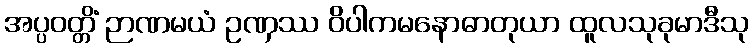
အပ္ပဝတ္တိံ ဉာဏမယံ ဥဏှဿ ဝိပါကမနောဓာတုယာ ထူလသုခုမာဒီသု